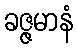
ခဇ္ဇမာနံ